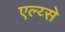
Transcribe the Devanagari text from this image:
एल्य्से